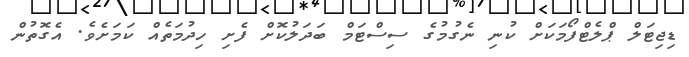
ޑިޖިޓަލް ޕްލެޓްފޯމަކަށް ކުނި ނެގުމުގެ ސިސްޓަމް ބަދަލުކޮށް ފެށި ހިދުމަތެއް ކަމަށެވެ. އެގޮތުން